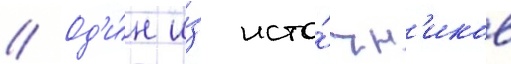
// Од'и́н и́з исто́чн'иков